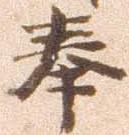
奉